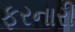
ફરનારી